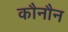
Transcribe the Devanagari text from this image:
कौनौन